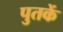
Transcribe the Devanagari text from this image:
पुतकें